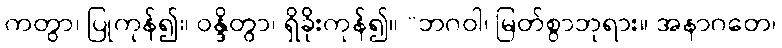
ကတွာ၊ ပြုကုန်၍။ ဝန္ဒိတွာ၊ ရှိခိုးကုန်၍။ “ဘဂဝါ၊ မြတ်စွာဘုရား။ အနာဂတေ၊